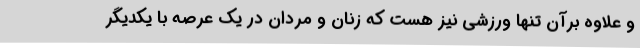
و علاوه برآن تنها ورزشی نیز هست که زنان و مردان در یک عرصه با یکدیگر